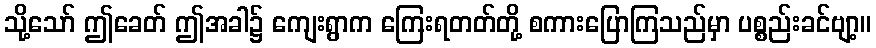
သို့သော် ဤခေတ် ဤအခါ၌ ကျေးရွာက ကြေးရတတ်တို့ စကားပြောကြသည်မှာ ပစ္စည်းခင်ဗျာ့။